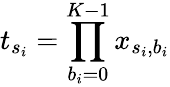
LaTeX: t_{s_{i}}=\prod_{b_{i}=0}^{K-1}x_{s_{i},b_{i}}